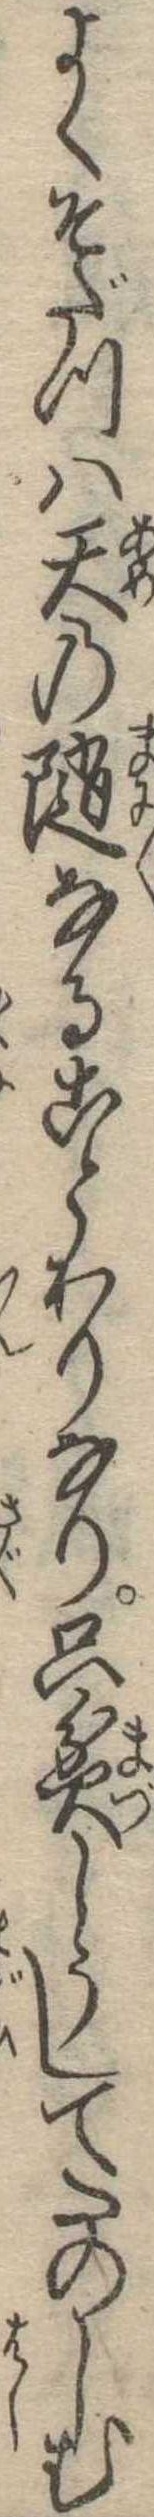
よくそだつは天の随なることわりなり只貧しうしてたのしむ